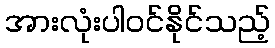
အားလုံးပါဝင်နိုင်သည့်